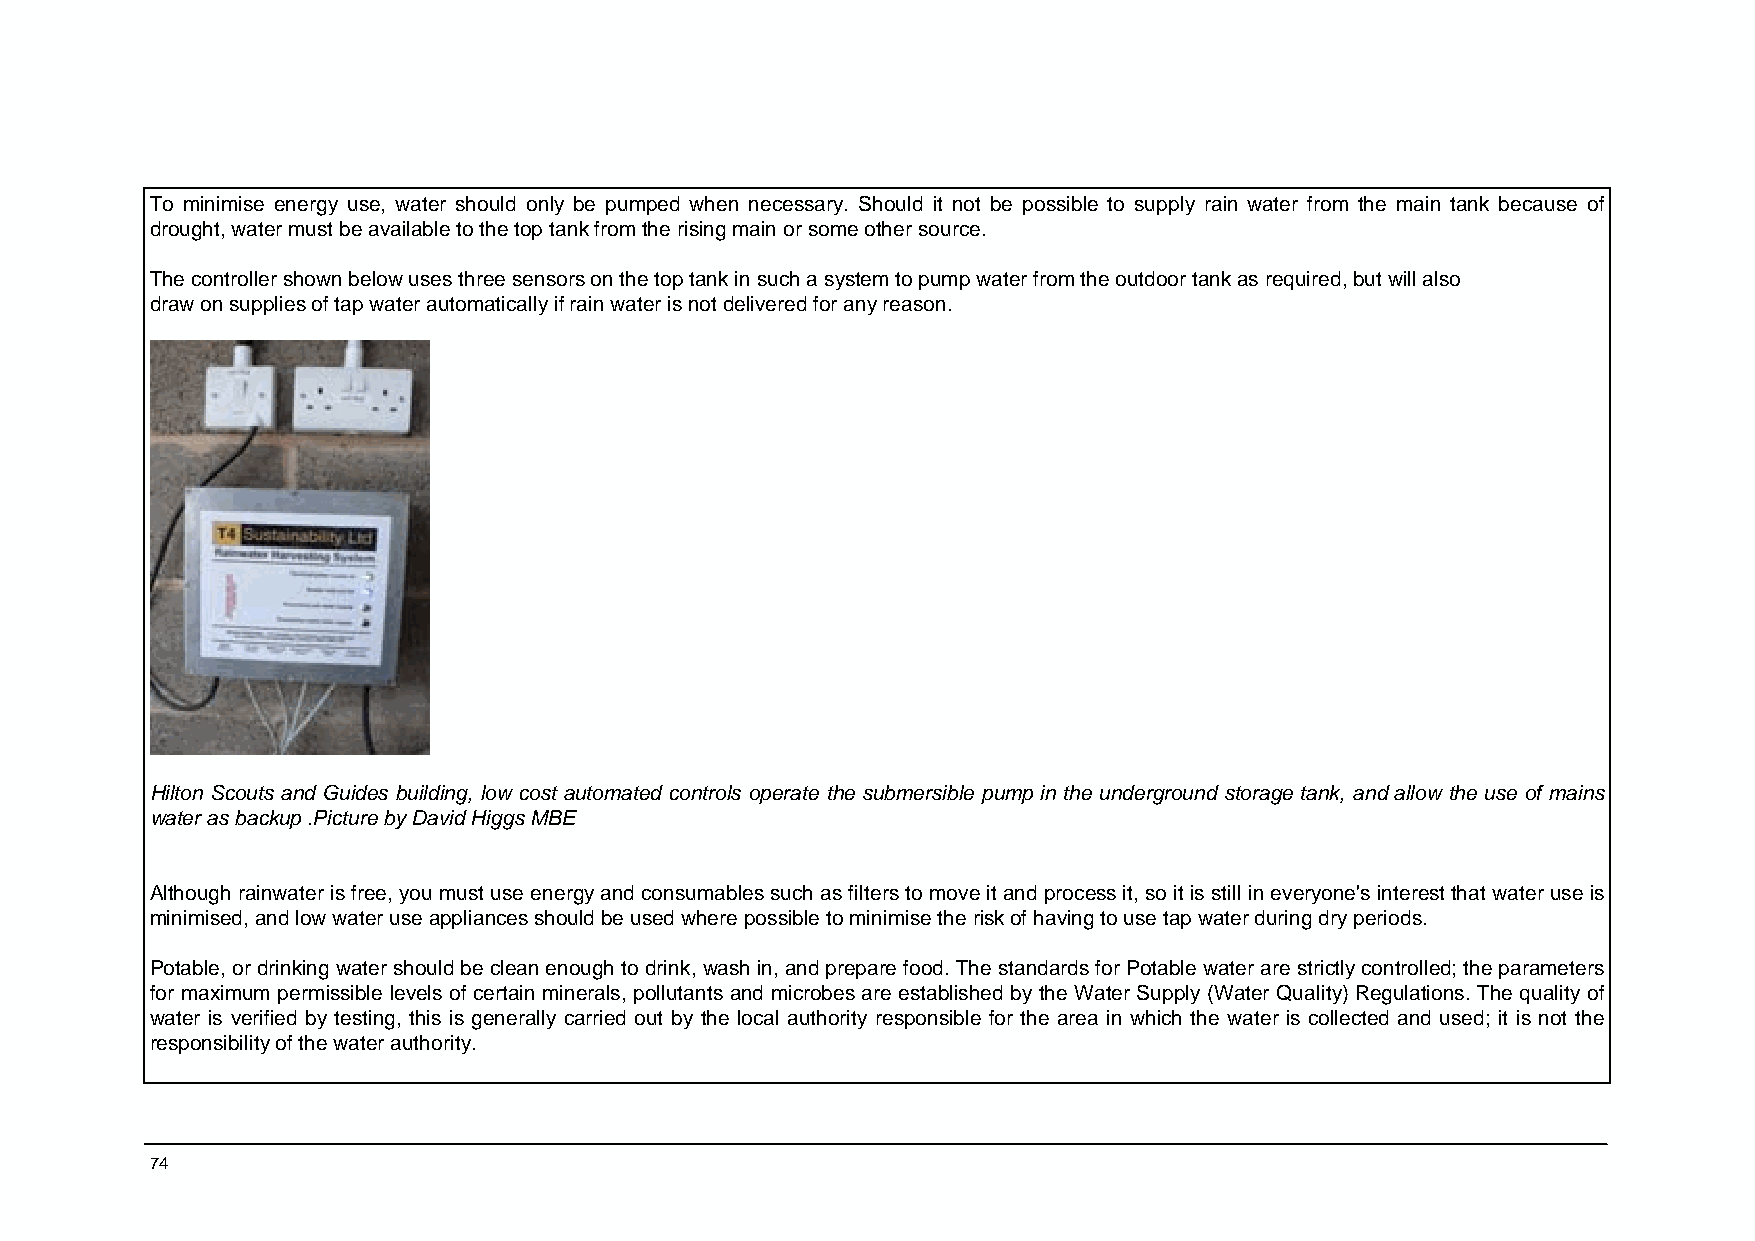
To minimise energy use, water should only be pumped when necessary. Should it not be possible to supply rain water from the main tank because of
 drought, water must be available to the top tank from the rising main or some other source.
 The controller shown below uses three sensors on the top tank in such a system to pump water from the outdoor tank as required, but will also
 draw on supplies of tap water automatically if rain water is not delivered for any reason.
 Hilton Scouts and Guides building, low cost automated controls operate the submersible pump in the underground storage tank, and allow the use of mains
 water as backup .Picture by David Higgs MBE
 Although rainwater is free, you must use energy and consumables such as filters to move it and process it, so it is still in everyone's interest that water use is
 minimised, and low water use appliances should be used where possible to minimise the risk of having to use tap water during dry periods.
 Potable, or drinking water should be clean enough to drink, wash in, and prepare food. The standards for Potable water are strictly controlled; the parameters
 for maximum permissible levels of certain minerals, pollutants and microbes are established by the Water Supply (Water Quality) Regulations. The quality of
 water is verified by testing, this is generally carried out by the local authority responsible for the area in which the water is collected and used; it is not the
 responsibility of the water authority.
 74